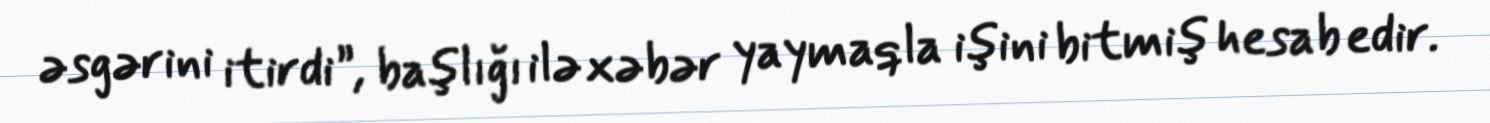
əsgərini itirdi”, başlığı ilə xəbər yaymaqla işini bitmiş hesab edir.